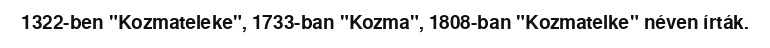
1322-ben "Kozmateleke", 1733-ban "Kozma", 1808-ban "Kozmatelke" néven írták.